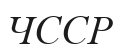
ЧССР